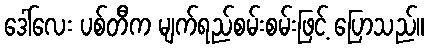
ဒေါ်လေး ပစ်တီက မျက်ရည်စမ်းစမ်းဖြင့် ပြောသည်။